Report on vaccination in Madras 1922-1929 - 1922-1929
Year: 1922
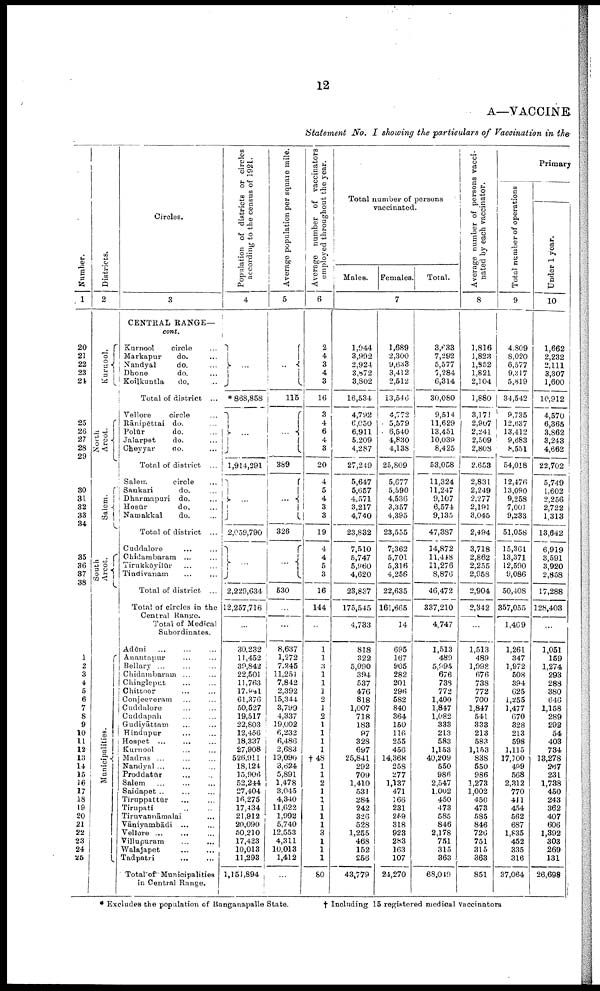
12
A—VACCINE
Statement No. I showing the particulars of Vaccination in the
Number.
1
20
21
22
23
24
25
26
27
28
29
30
31
32
33
35
36
37
38
1
2
3
4
5
6
7
8
9
10
11
12
13
14
15
16
17
18
19
20
21
22
23
24
25
Districts.
2
Kurnool.
North
Arcot.
Salem.
South
Arcot.
Municipalities.
Circles.
3
CENTRAL RANGE—
cont.
Kurnool
circle...
Markapur
do. ...
Nandyal
do. ...
Dhone
do. ...
Koilkuntla
do. ...
Total of district ...
Vellore
circle...
Rānipēttai do. ...
Polūr
do. ...
Jalarpet
do. ...
Cheyyar
do. ...
Total of district ...
Salem
circle...
Sankari
do. ...
Dharmapuri do. ...
Hosūr
do. ...
Namakkal
do. ...
Total of district ...
Cuddalore... ...
Chidambaram... ...
Tirukkōyilūr ... ...
Tindivanam... ...
Total of district ...
Total of circles in the
Central Range.
Total of Medical
Subordinates.
Adōni...
...
Anantapur... ...
Bellary... ...
Chidambaram... ...
Chingleput... ...
Chittoor... ...
Conjeeveram... ...
Cuddalore... ...
Cuddapah... ...
Gudiyāttam ... ...
Hindupur... ...
Hospet...
...
...
Kurnool ... ...
Madras... ... ...
Nandyal... ... ...
Proddatūr... ... ...
Salem... ... ...
Saidapet...
...
...
Tiruppattūr... ... ...
Tirupati... ...
Tiruvannāmalai... ...
Vāniyambādi ... ...
Vellore... ... ...
Villupuram... ... ...
Walajapet...
...
Tadpatri...
...
Total of Municipalities
in Central Range.
Population of districts or circles
according to the census of 1921.
4
...
* 868,858
...
1,914,291
...
2,059,790
...
2,229,634
12,257,716
...
30,232
11,452
39,842
22,501
11,763
17,941
61,376
50,527
19,517
22,803
12,456
18,337
27,908
526,911
18,124
15,906
52,244
27,404
16,275
17,434
21,912
20,090
50,210
17,423
10,013
11,293
1,151,894
Average population per square mile.
5
...
115
...
389
...
326
...
530
...
...
8,637
1,272
7,245
11,251
7,842
2,392
15,344
3,799
4,337
19,002
6,232
6,486
2,683
19,090
3,624
5,891
1,478
3,045
4,340
11,622
1,992
5,740
12,553
4,311
10,013
1,412
...
Average number of vaccinators
employed throughout the year.
6
2
4
3
4
3
16
3
4
6
4
3
20
4
5
4
3
3
19
4
4
5
3
16
144
...
1
1
3
1
1
1
2
1
2
1
1
1
1
†48
1
1
2
1
1
1
1
1
3
1
1
1
80
Total number of persons
vaccinated.
Males.
Females.
Total.
7
1,944
3,992
2,924
3,872
3,802
16,534
4,792
6,050
6,911
5,209
4,287
27,249
5,647
5,657
4,571
3,217
4,740
23,832
7,510
5,747
5,960
4,620
23,837
175,545
4,733
818
322
5,090
394
537
476
818
1,007
718
183
97
328
697
25,841
292
709
1,410
531
284
242
326
528
1,255
468
152
256
43,779
1,689
2,300
9,633
3,412
2,512
13,546
4,772
5,579
6,540
4,830
4,138
25,809
5,677
5,590
4,536
3,357
4,395
23,555
7,362
5,701
5,316
4,256
22,635
161,665
14
695
167
905
282
201
296
582
840
364
150
116
255
456
14,368
258
277
1,137
471
166
231
259
318
923
283
163
107
24,270
3,633
7,292
5,577
7,284
6,314
30,080
9,514
11,629
13,451
10,039
8,425
53,058
11,324
11,247
9,107
6,574
9,135
47,387
14,872
11,448
11,276
8,876
46,472
337,210
4,747
1,513
489
5,995
676
738
772
1,400
1,847
1,082
333
213
583
1,153
40,209
550
986
2,547
1,002
450
473
585
846
2,178
751
315
363
68,049
Average number of persons vacci
nated by each vaccinator.
8
1,816
1,823
1,852
1,821
2,104
1,880
3,171
2,907
2,241
2,509
2,808
2,653
2,831
2,249
2,277
2,191
3,045
2,494
3,718
2,862
2,255
2,958
2,904
2,342
...
1,513
489
1,998
676
738
772
700
1,847
541
333
213
583
1,153
838
550
986
1,273
1,002
450
473
585
846
726
751
315
363
851
Primary
Total number of operations
9
4,809
8,020
6,577
9,317
5,819
34,542
9,735
12,637
13,412
9,683
8,551
54,018
12,476
13,090
9,258
7,001
9,233
51,058
15,361
13,371
12,590
9,086
50,408
357,055
1,469
1,261
347
1,972
508
394
625
1,255
1,477
670
328
213
598
1,115
17,100
499
568
2,312
770
411
454
562
687
1,835
452
335
316
37,064
Under 1 year.
10
1,662
2,232
2,111
3,307
1,600
10,912
4,570
6,365
3,862
3,243
4,662
22,702
5,749
1,602
2,256
2,722
1,313
13,642
6,919
3,591
3,920
2,858
17,288
128,403
...
1,051
159
1,274
293
288
380
646
1,158
289
292
54
403
734
13,278
267
231
1,738
450
243
362
407
606
1,392
303
269
131
26,698
* Excludes the population of Banganapalle State.
† Including 15 registered medical vaccinators